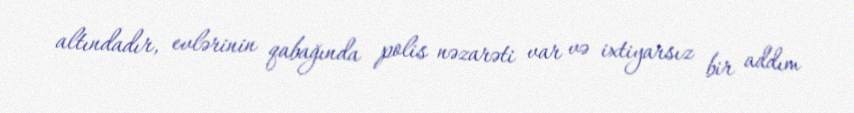
altındadır, evlərinin qabağında polis nəzarəti var və ixtiyarsız bir addım